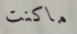
ماكنت